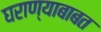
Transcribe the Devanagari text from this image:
घराण्याबाबत